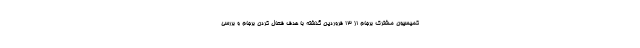
کمیسیون مشترک برجام از ۱۳ فروردین گذشته با هدف فعال کردن برجام و بررسی